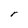
Character: r